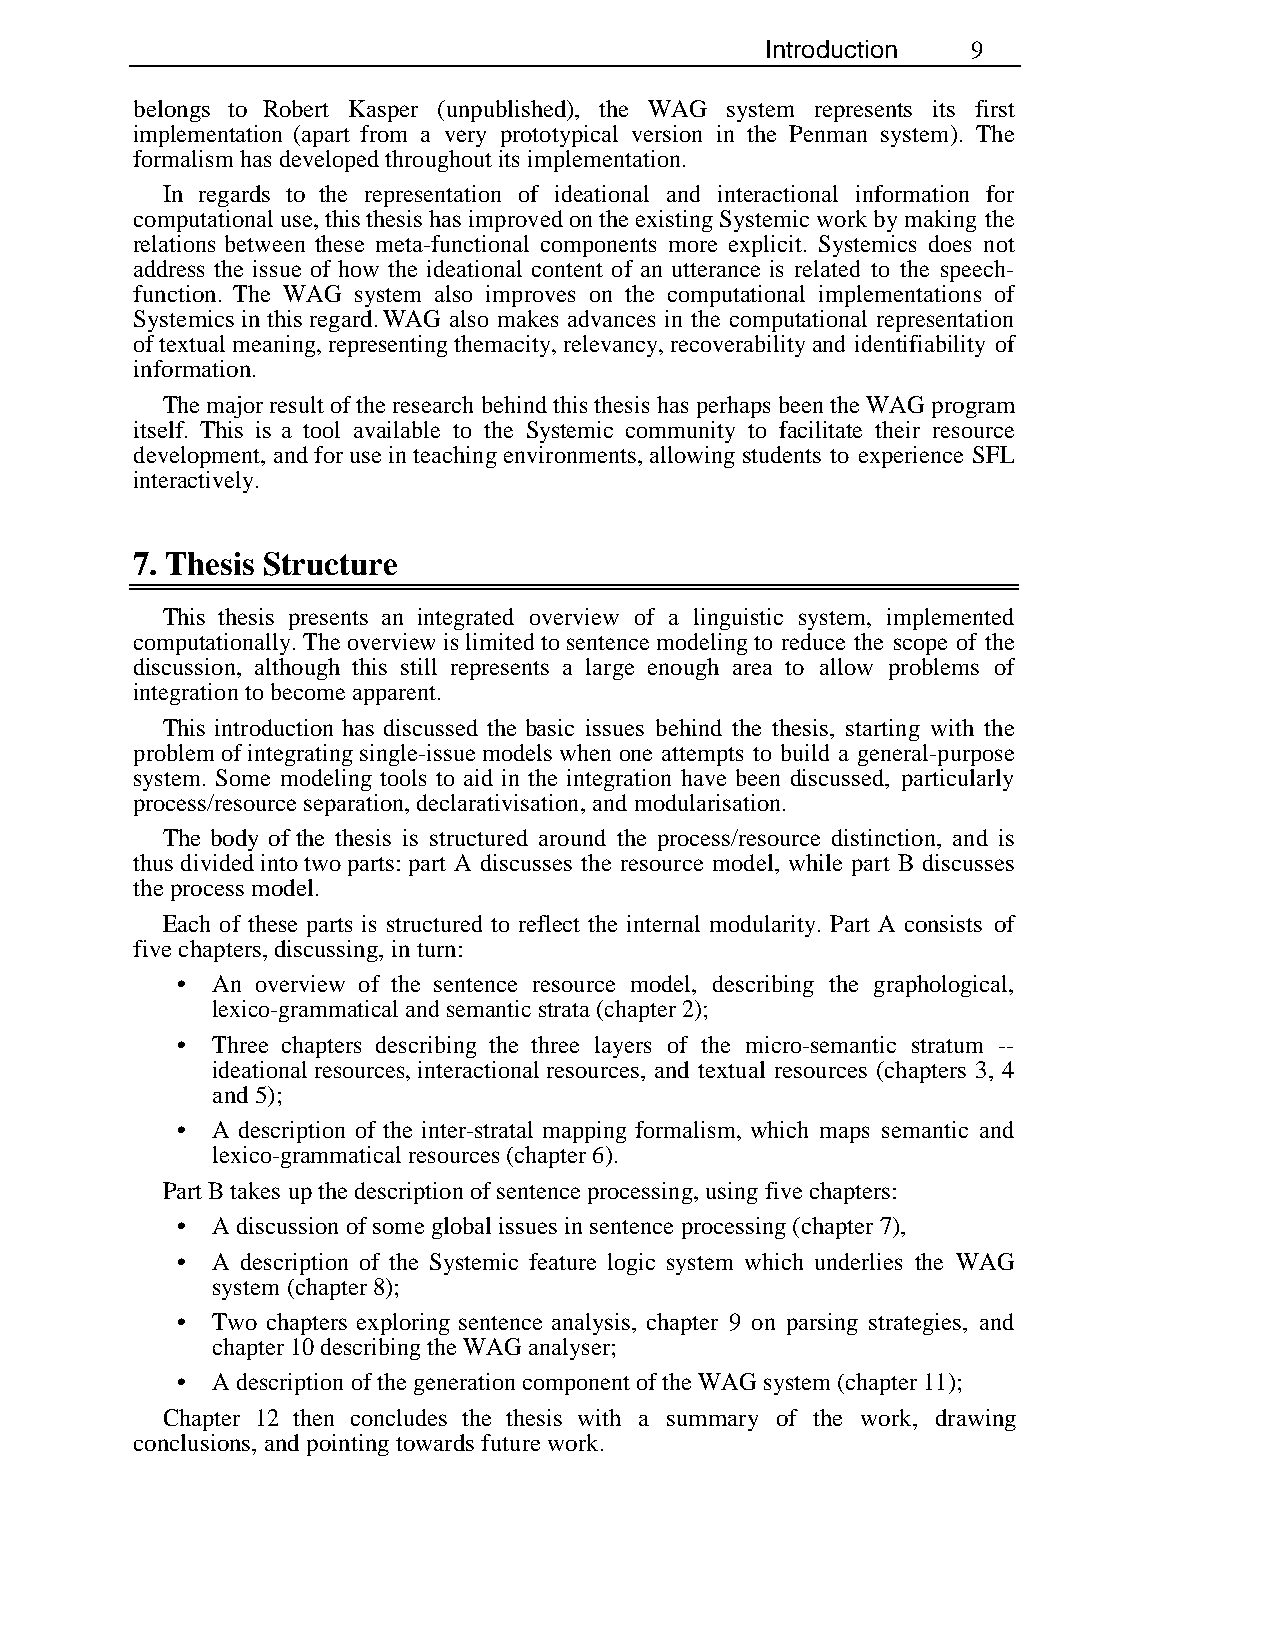
Introduction 9
 belongs to Robert Kasper (unpublished), the WAG system represents its first
 implementation (apart from a very prototypical version in the Penman system). The
 formalism has developed throughout its implementation.
 In regards to the representation of ideational and interactional information for
 computational use, this thesis has improved on the existing Systemic work by making the
 relations between these meta-functional components more explicit. Systemics does not
 address the issue of how the ideational content of an utterance is related to the speech-
 function. The WAG system also improves on the computational implementations of
 Systemics in this regard. WAG also makes advances in the computational representation
 of textual meaning, representing themacity, relevancy, recoverability and identifiability of
 information.
 The major result of the research behind this thesis has perhaps been the WAG program
 itself. This is a tool available to the Systemic community to facilitate their resource
 development, and for use in teaching environments, allowing students to experience SFL
 interactively.
 7. Thesis Structure
 This thesis presents an integrated overview of a linguistic system, implemented
 computationally. The overview is limited to sentence modeling to reduce the scope of the
 discussion, although this still represents a large enough area to allow problems of
 integration to become apparent.
 This introduction has discussed the basic issues behind the thesis, starting with the
 problem of integrating single-issue models when one attempts to build a general-purpose
 system. Some modeling tools to aid in the integration have been discussed, particularly
 process/resource separation, declarativisation, and modularisation.
 The body of the thesis is structured around the process/resource distinction, and is
 thus divided into two parts: part A discusses the resource model, while part B discusses
 the process model.
 Each of these parts is structured to reflect the internal modularity. Part A consists of
 five chapters, discussing, in turn:
 • An overview of the sentence resource model, describing the graphological,
 lexico-grammatical and semantic strata (chapter 2);
 • Three chapters describing the three layers of the micro-semantic stratum --
 ideational resources, interactional resources, and textual resources (chapters 3, 4
 and 5);
 • A description of the inter-stratal mapping formalism, which maps semantic and
 lexico-grammatical resources (chapter 6).
 Part B takes up the description of sentence processing, using five chapters:
 • A discussion of some global issues in sentence processing (chapter 7),
 • A description of the Systemic feature logic system which underlies the WAG
 system (chapter 8);
 • Two chapters exploring sentence analysis, chapter 9 on parsing strategies, and
 chapter 10 describing the WAG analyser;
 • A description of the generation component of the WAG system (chapter 11);
 Chapter 12 then concludes the thesis with a summary of the work, drawing
 conclusions, and pointing towards future work.